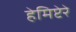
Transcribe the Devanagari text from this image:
हेमिप्टेरे